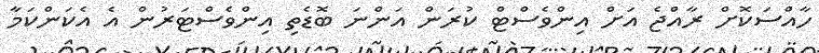
ހާއްސަކޮށް ރާއްޖެ އަށް އިންވެސްޓް ކުރަން އަންނަ ބޮޑެތި އިންވެސްޓަރުން އެ އެކަންކަމާ